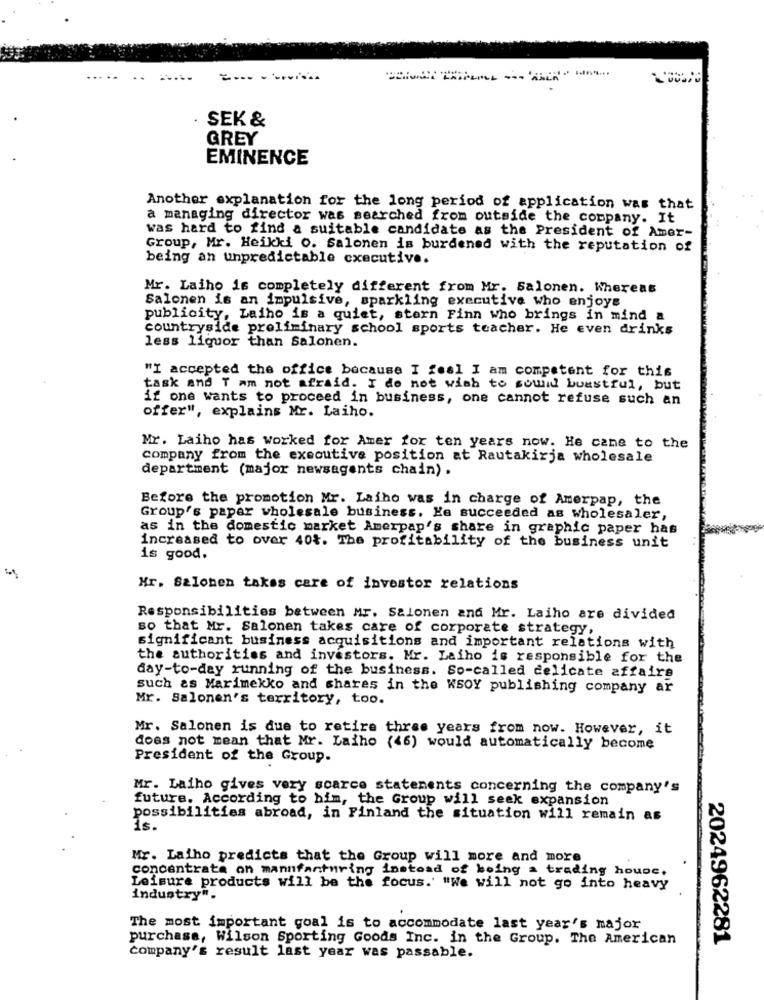
SEK &
GREY
EMINENCE
Another explanation for the long period of application was that
a managing director was searched from outside the company. It
was hard to find a suitable candidate as the President of Amer-
Group, Mr. Heikki O. Salonen is burdened with the reputation of
being an unpredictable executive.
Mr. Laiho is completely different from Mr. Salonen. Whereas
Salonen is an impulsive, sparkling executive who enjoys
publicity, Laiho is a quiet, stern Finn who brings in mind a
countryside preliminary school sports teacher. He even drinks
less liquor than Salonen.
"I accepted the office because I feel I am competent for this
task and T am not afraid. I do not wish to sound boastful, but
if one wants to proceed in business, one cannot refuse such an
offer", explains Mr. Laiho.
Mr. Laiho has worked for Amer for ten years now. He cane to the
company from the executive position at Rautakirja wholesale
department (major newsagents chain) .
Before the promotion Mr. Laiho was in charge of Amerpap, the
Group's paper wholesale business. He succeeded as wholesaler,
as in the domestic market Amerpap's share in graphic paper has
increased to over 40t. The profitability of the business unit
is good.
Hr. Salonen takes care of investor relations
Responsibilities between Mr. Salonen and Mr. Laiho are divided
so that Mr. Salonen takes care of corporate strategy,
significant business acquisitions and important relations with
the authorities and investors. Mr. Laiho is responsible for the
day-to-day running of the business. So-called delicate affairs
such as Marimekko and shares in the WSOY publishing company ar
Mr. Salonen's territory, too.
Mr. Salonen is due to retire three years from now. However, it
does not mean that Mr. Laiho (46) would automatically become
President of the Group.
Mr. Laiho gives very scarce statements concerning the company's
future. According to him, the Group will seek expansion
possibilities abroad, in Finland the situation will remain as
1s.
Mr. Laiho predicts that the Group will more and more
concentrate on mannfanturing instead of being a trading house.
Leisure products will be the focus.' "We will not go into heavy
industry".
.
The most important goal is to accommodate last year's major
purchase, Wilson Sporting Goods Inc. in the Group. The American
2024962281
company's result last year was passable.